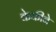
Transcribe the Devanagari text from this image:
केकीने